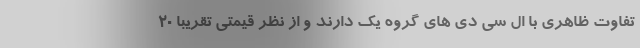
تفاوت ظاهری با ال سی دی های گروه یک دارند و از نظر قیمتی تقریبا 20